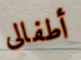
أطفالى